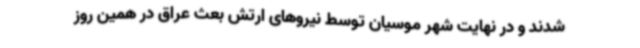
‌شدند و در نهایت شهر موسیان توسط نیروهای ارتش بعث عراق در همین روز